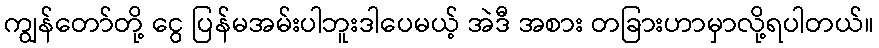
ကျွန်တော်တို့ ငွေ ပြန်မအမ်းပါဘူးဒါပေမယ့် အဲဒီ အစား တခြားဟာမှာလို့ရပါတယ်။